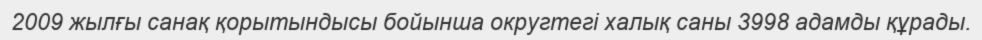
2009 жылғы санақ қорытындысы бойынша округтегі халық саны 3998 адамды құрады.